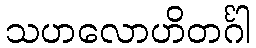
သဟလောဟိတင်္ဂါ